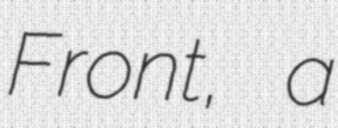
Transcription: Front, a